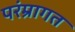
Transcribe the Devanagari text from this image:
परंम्रागत